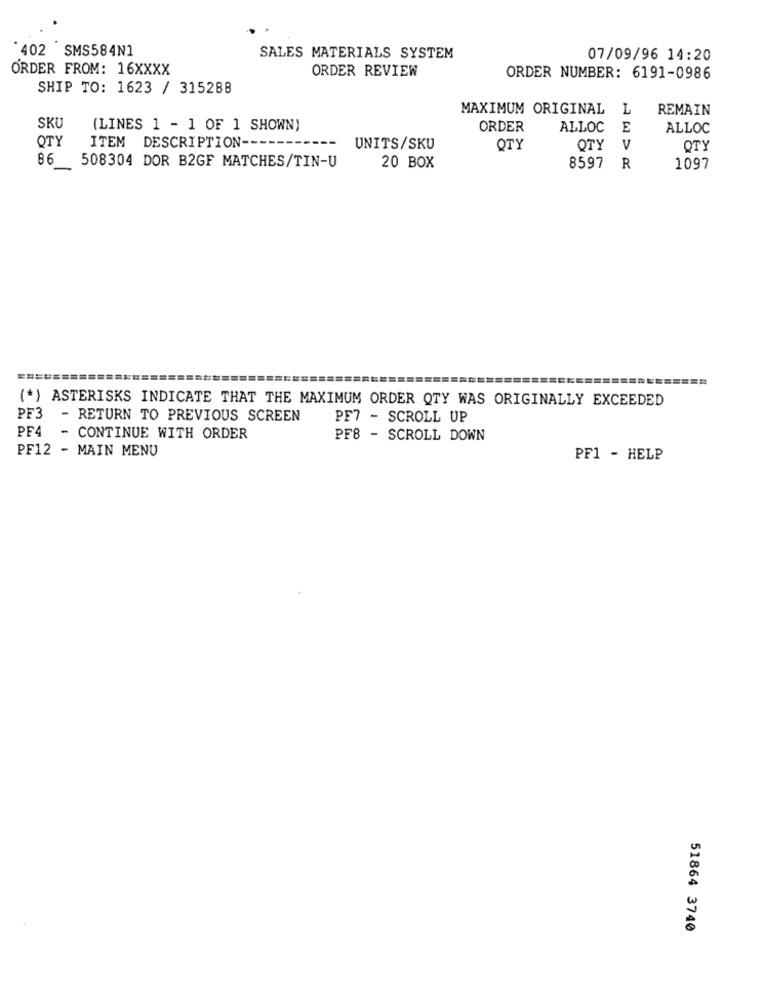
'402 SMS584N1
SALES MATERIALS SYSTEM
07/09/96 14:20
ORDER FROM: 16XXXX
ORDER REVIEW
ORDER NUMBER: 6191-0986
SHIP TO: 1623 / 315288
MAXIMUM ORIGINAL
L
REMAIN
SKU
(LINES 1 - 1 OF 1 SHOWN)
ORDER
ALLOC
E
ALLOC
OTY
ITEM DESCRIPTION ---
UNITS/SKU
QTY
QTY
V
OTY
86
508304 DOR B2GF MATCHES/TIN-U
20 BOX
8597
R
1097
(*) ASTERISKS INDICATE THAT THE MAXIMUM ORDER QTY WAS ORIGINALLY EXCEEDED
PF3 - RETURN TO PREVIOUS SCREEN
PF7 - SCROLL UP
PF4 - CONTINUE WITH ORDER
PF8 - SCROLL DOWN
PF12 - MAIN MENU
PF1 - HELP
51864 3740